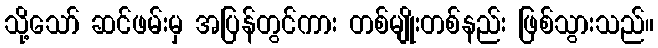
သို့သော် ဆင်ဖမ်းမှ အပြန်တွင်ကား တစ်မျိုးတစ်နည်း ဖြစ်သွားသည်။